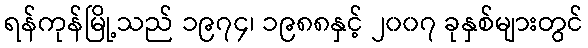
ရန်ကုန်မြို့သည် ၁၉၇၄၊ ၁၉၈၈နှင့် ၂၀၀၇ ခုနှစ်များတွင်